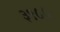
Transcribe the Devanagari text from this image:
३९८८